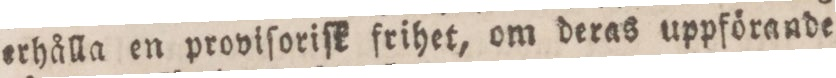
erhålla en proviſoriſk frihet, om deras uppförande